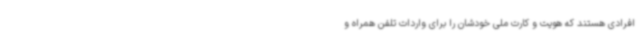
افرادی هستند که هویت و کارت ملی خودشان را برای واردات تلفن همراه و